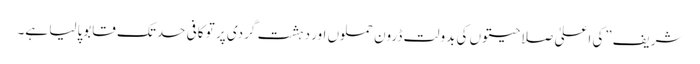
شریف”کی اعلیٰ صلاحیتوں کی بدولت ڈرون حملوں اور دہشت گردی پر تو کافی حدتک قابوپالیا ہے۔